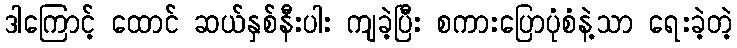
ဒါကြောင့် ထောင် ဆယ်နှစ်နီးပါး ကျခဲ့ပြီး စကားပြောပုံစံနဲ့သာ ရေးခဲ့တဲ့